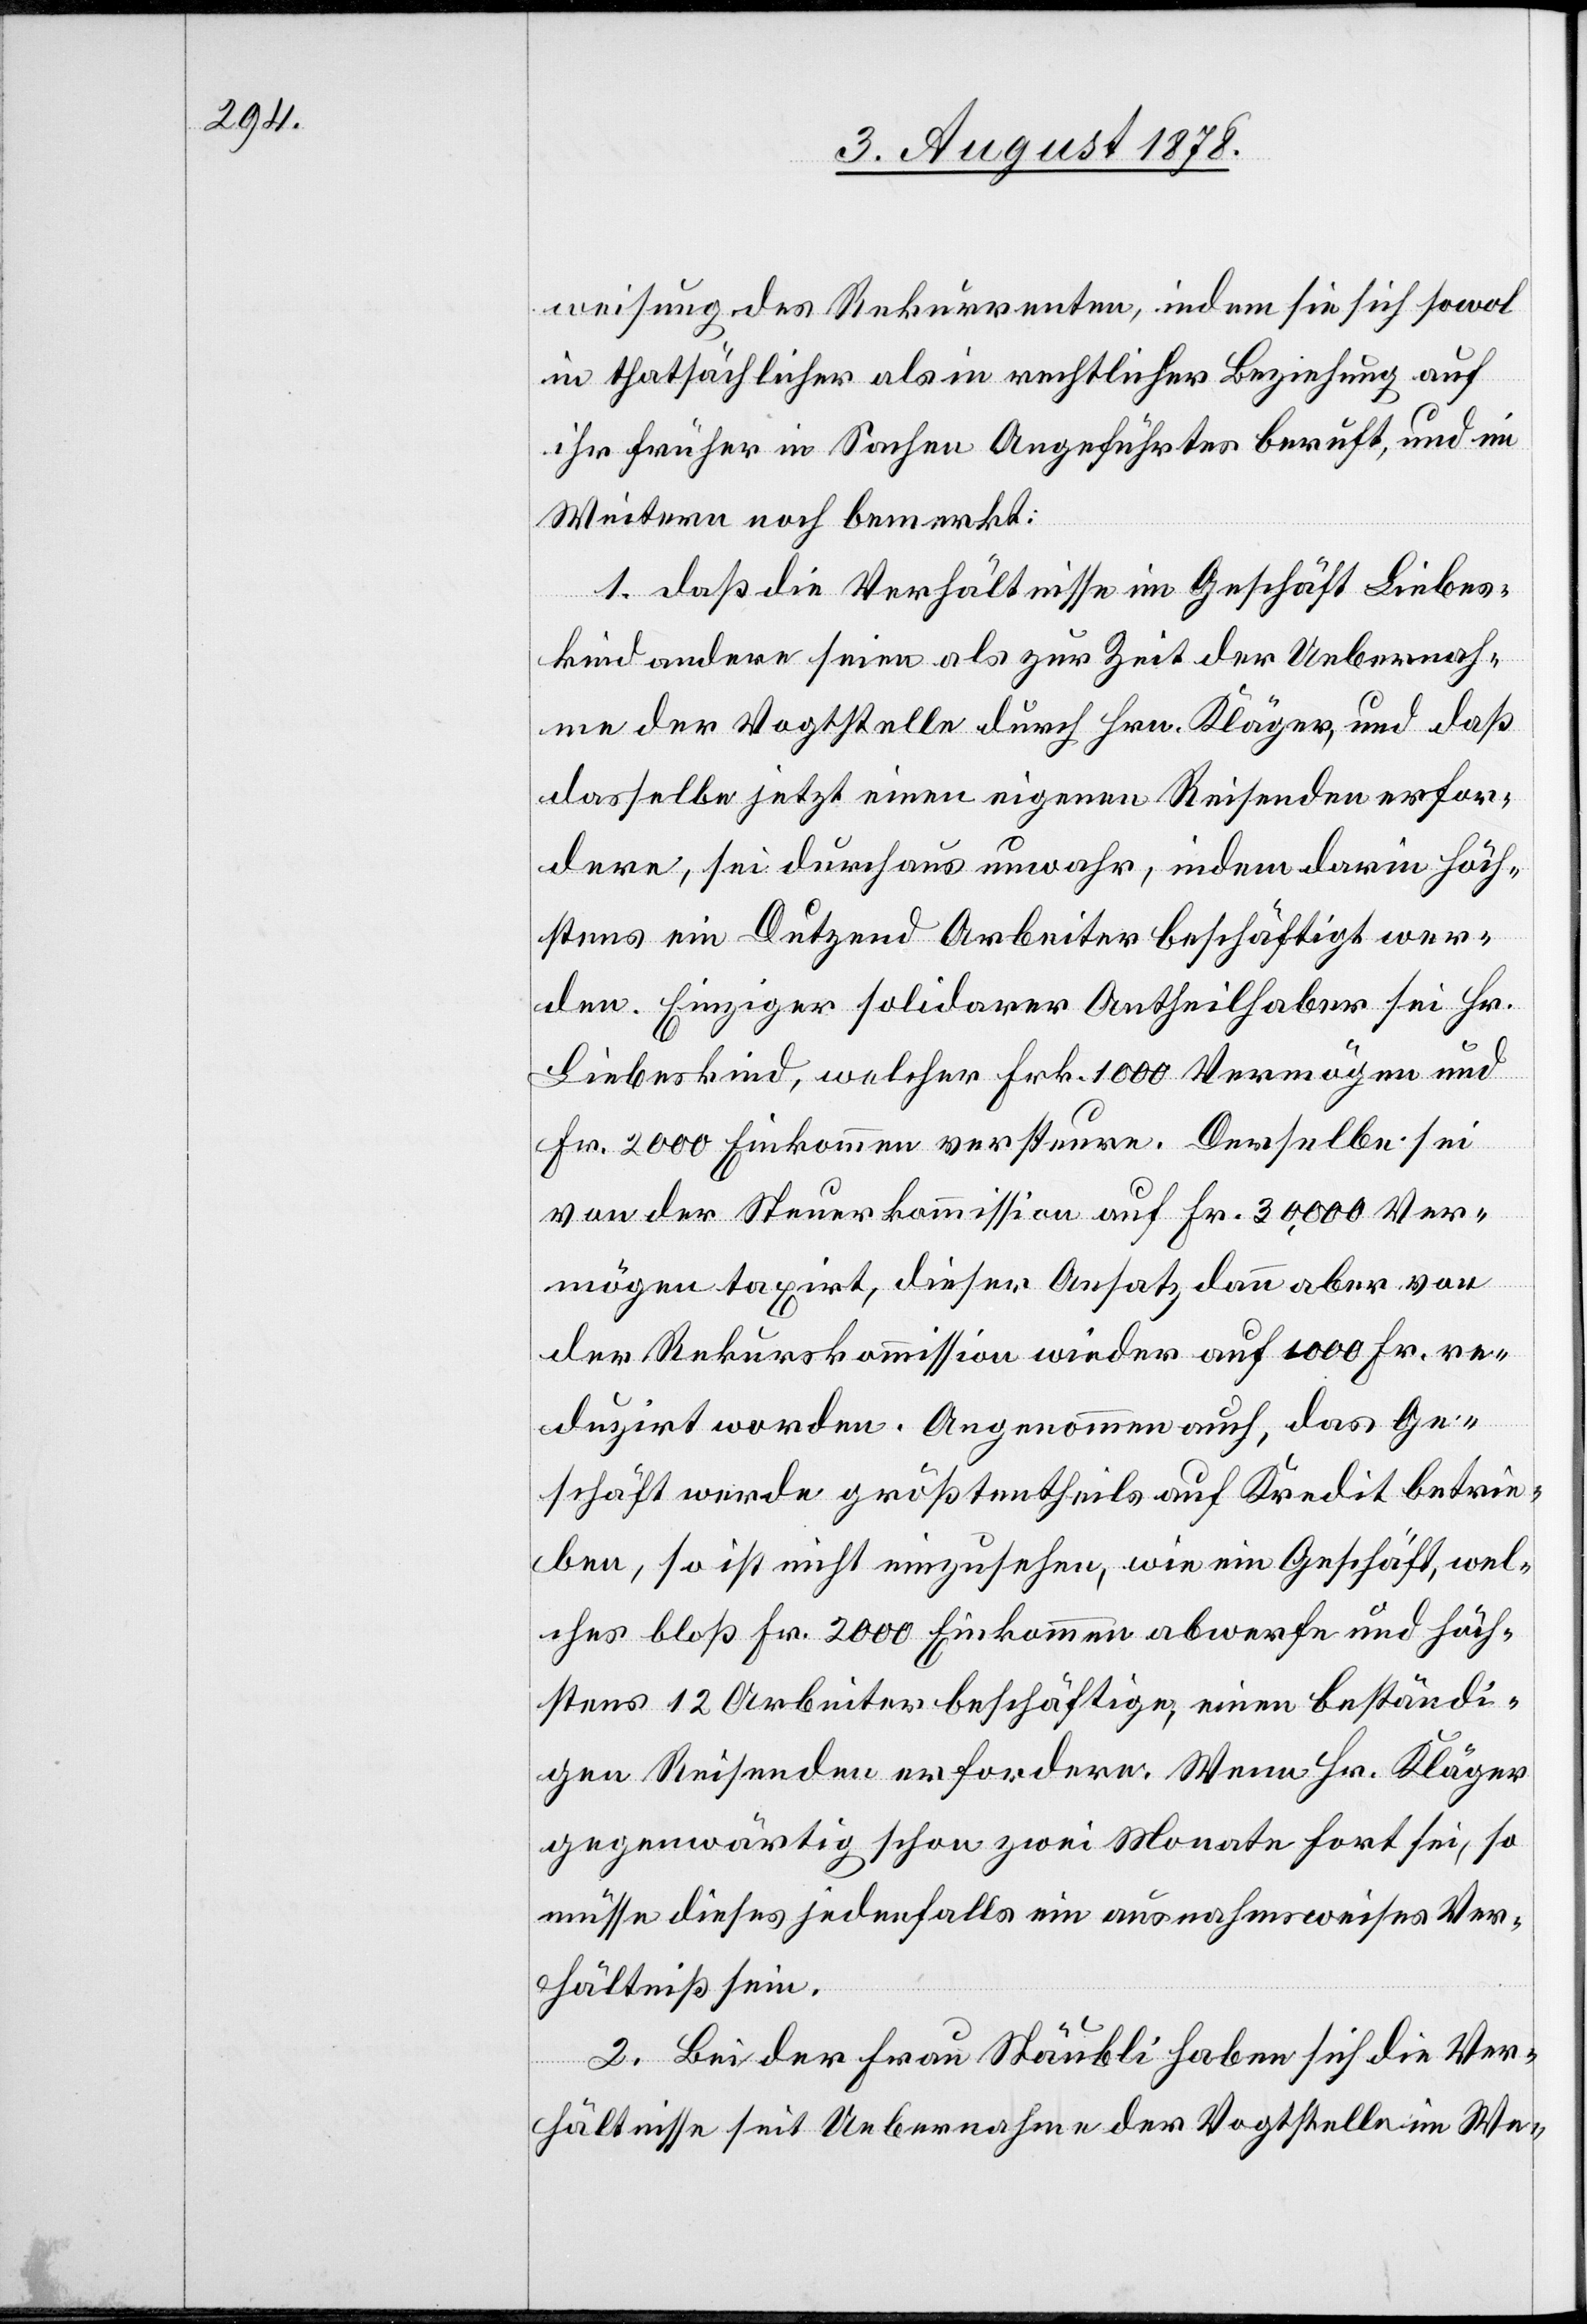
weisung des Rekurrenten, indem sie sich sowol
in thatsächlicher als in rechtlicher Beziehung auf
ihr früher in Sachen Angeführtes beruft, und im
Weitern noch bemerkt:
1. daß die Verhältnisse im Geschäft Liebes¬
kind andere seien als zur Zeit der Uebernah¬
me der Vogtstelle durch Hrn. Kläger, und daß
dasselbe jetzt einen eigenen Reisenden erfor¬
dere, sei durchaus unwahr, indem darin höch¬
stens ein Dutzend Arbeiter beschäftigt wer¬
den. Einziger solidarer Antheilhaber sei Hr.
Liebeskind, welcher Frk. 1000 Vermögen und
Fr. 2000 Einkommen versteuere. Derselbe sei
von der Steuerkommission auf Fr. 30,000 Ver¬
mögen taxirt, dieser Ansatz dann aber von
der Rekurskommission wieder auf 1000 Fr. re¬
duzirt worden. Angenommen auch, das Ge¬
schäft werde größtentheils auf Kredit betrie¬
ben, so ist nicht einzusehen, wie ein Geschäft, wel¬
ches bloß Fr. 2000 Einkommen abwerfe und höch¬
stens 12 Arbeiter beschäftige, einen beständi¬
gen Reisenden erfordere. Wenn Hr. Kläger
gegenwärtig schon zwei Monate fort sei, so
müsse dieses jedenfalls ein ausnahmsweises Ver¬
hältniß sein.
2. Bei der Frau Stäubli haben sich die Ver¬
hältnisse seit Uebernahme der Vogtstelle im We-